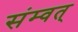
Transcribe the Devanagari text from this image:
संम्वत्